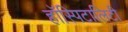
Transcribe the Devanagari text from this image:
हॉस्पिटालिटी